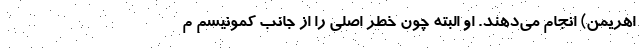
اهریمن) انجام می‌دهند. او البته چون خطر اصلی را از جانب کمونیسم م